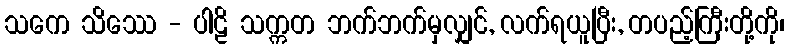
သကေ သိဿေ - ပါဠိ သက္ကတ ဘက်ဘက်မှလျှင်, လက်ရယူပြီး, တပည့်ကြီးတို့ကို၊